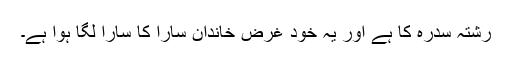
رشتہ سدرہ کا ہے اور یہ خود غرض خاندان سارا کا سارا لگا ہوا ہے۔